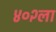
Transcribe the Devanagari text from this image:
४०२ला